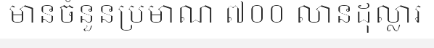
មានចំនួនប្រមាណ ៧០០ លានដុល្លារ